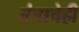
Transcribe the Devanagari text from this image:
तंत्राचेही